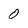
Character: 0